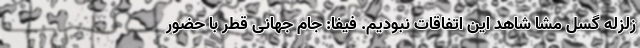
زلزله گسل مشا شاهد این اتفاقات نبودیم. فیفا: جام جهانی قطر با حضور